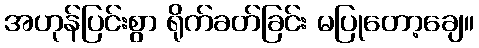
အဟုန်ပြင်းစွာ ရိုက်ခတ်ခြင်း မပြုတော့ချေ။